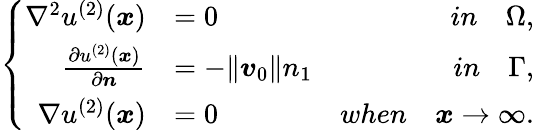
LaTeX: \left\{ \begin{array}{rlr}{\nabla^{2}u^{(2)}(\boldsymbol{x})}&{=0}&{in\quad\Omega,}\\ {\frac{\partial u^{(2)}(\boldsymbol{x})}{\partial\boldsymbol{n}}}&{=-\| \boldsymbol{v}_{0}\| n_{1}}&{in\quad\Gamma,}\\ {\nabla u^{(2)}(\boldsymbol{x})}&{=0}&{when\quad\boldsymbol{x}\rightarrow\infty.}\end{array}\right.